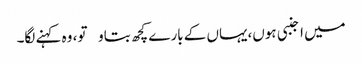
میں اجنبی ہوں،یہاں کے بارے کچھ بتاو تو، وہ کہنے لگا۔